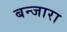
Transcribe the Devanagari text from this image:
बन्जारा